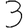
Digit: 3